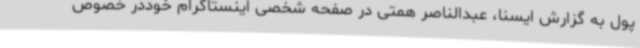
پول به گزارش ایسنا، عبدالناصر همتی در صفحه شخصی اینستاگرام خوددر خصوص